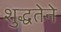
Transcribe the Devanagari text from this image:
शुद्धतेने